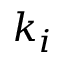
k _ { i }